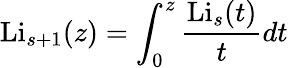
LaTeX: \operatorname{Li}_{s+1}(z)=\int_{0}^{z}{\frac{\operatorname{Li}_{s}(t)}{t}}dt